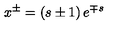
x ^ { \pm } = \left( s \pm 1 \right) e ^ { \mp s }